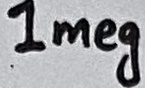
Text: 1meg